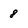
Character: 8